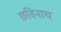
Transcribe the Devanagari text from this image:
छविनाथ